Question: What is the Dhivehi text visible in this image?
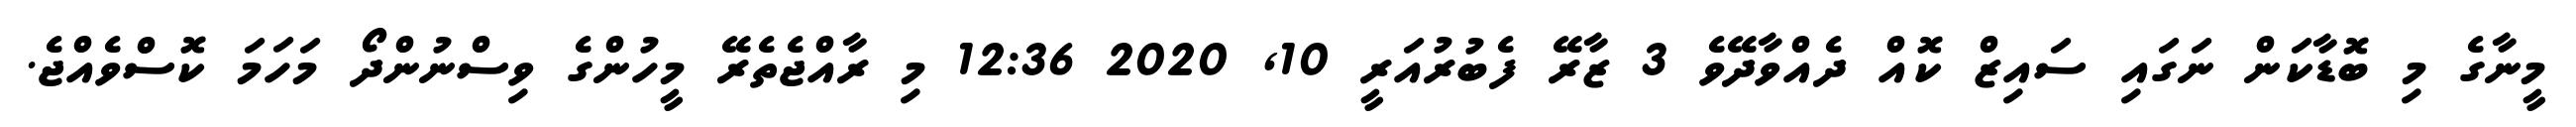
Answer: މީނާގެ މި ބޮޑާކަން ނަގައި ސައިޒް ކޮއް ދެއްވާދޭވެ 3 ޒާރޭ ފެބުރުއަރީ 10, 2020 12:36 މި ރާއްޖެތެރޭ މީހުންގެ ވިސްނުންދޯ މަހަމަ ކޮސްވެއްޖެ.